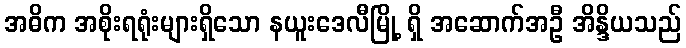
အဓိက အစိုးရရုံးများရှိသော နယူးဒေလီမြို့ ရှိ အဆောက်အဦ အိန္ဒိယသည်